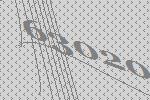
63020